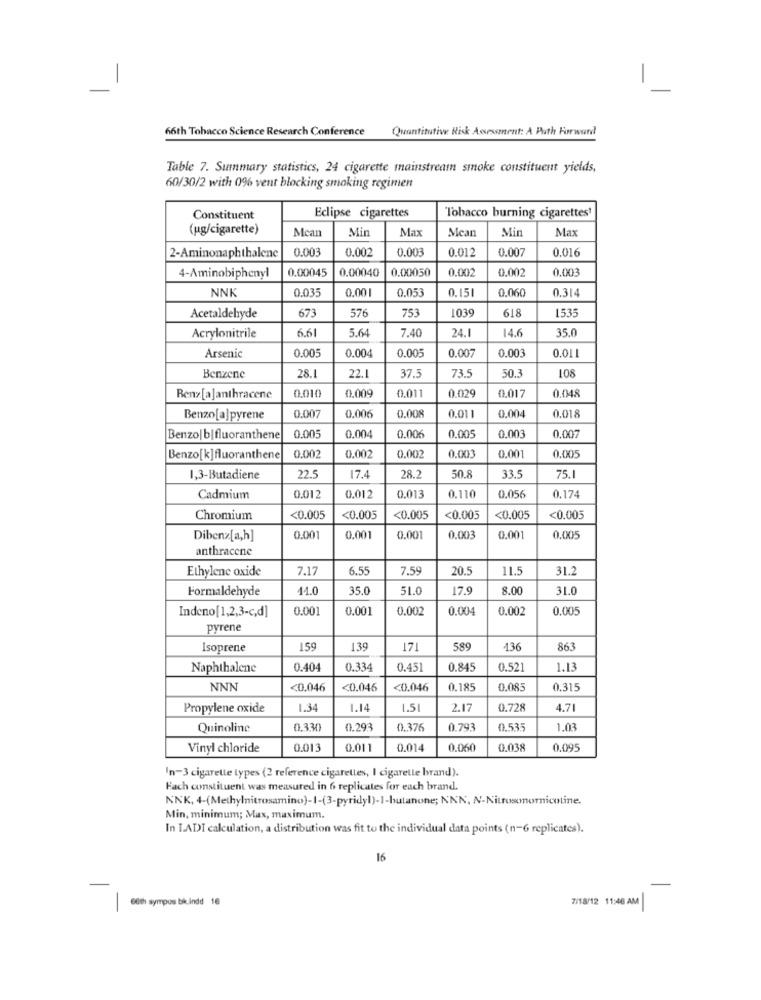
-
66th Tobacco Science Research Conference
Quantitative Risk Assessment: A Path Forward
Table 7. Summary statistics, 24 cigarette mainstream smoke constituent yields,
60/30/2 with 096 vent blocking smoking regimen
Eclipse cigarettes
Tobacco burning cigarettes1
Constituent
(ug/cigarette)
Mean
Min
Max
Mean
Min
Max
0.00
0.002
0.003
0.012
0.007
0.016
2-Aminonaphthalene
0.00045
0.00040
0.00050
0.00
0.002
0.003
4-Aminobiphenyl
NNK
0.035
0.001
0.053
0.151
0.060
0.314
673
753
1039
618
1535
Acetaldehyde
576
6.61
5.64
7.40
24.1
14.6
35.0
Acrylonitrile
Arsenic
0.004
0.005
0.007
0.003
0.005
0.011
37.
73.
50.3
108
Benzene
28.1
22.
0.029
Ren>[a]anthracene
0.010
0.009
0.011
0.017
0.048
0.006
Benzo[a]pyrene
0.007
0.00
0.011
0.004
0.018
0.005
0.006
0.005
0.007
Benzo| b|fluoranthene
0.004
0.003
Benzo[k]fluoranthene
0.002
0.002
0.002
0.00
0.001
0.005
22.5
50.
1,3-Butadiene
17,4
28.2
33.5
75.1
0.056
Cadmium
0.012
0.012
0.013
0.110
0.174
Chromium
<0.005
<0.005
<0.005
<0.005
<0.005
<0.005
Dibenz[a,h]
0.001
0.001
0.001
0.003
0.001
0.005
anthracene
Ethylene oxide
7.17
6.55
7.59
20.5
11.5
31.2
Formaldehyde
41.0
35.0
51.0
17.9
8.00
31.0
Indeno[1,2,3-c,d]
0.001
0.001
0.002
0.004
0.002
0.005
pyrene
Isoprene
159
139
171
589
136
863
Naphthalene
0.404
0.33
0.45
0.84
0.521
1.13
NNN
<0.046
<0.046
<0.046
0.18
0.085
0.315
Propylene oxide
1.34
1.14
1.51
2.17
0.728
4.71
Quinoline
0.33
0.293
0.376
0.793
0.535
1.03
Vinyl chloride
0.013
0.01
0.014
0.06
0.038
0.095
In-3 cigarette types (2 reference cigarettes, I cigarette brand).
Fach constituent was measured in 6 replicates for each brand.
NNK, 4-(Methylnitrosamino)-1-(3-pyridyl)-I-bulanone; NNN, N-Nitrosonornicoline.
Min, minimum; Max, maximum.
In T.ADI calculation, a distribution was fit to the individual data points (n-6 replicates).
16
-
6th sympos bikindd 16
7/18/12 11:46 AM